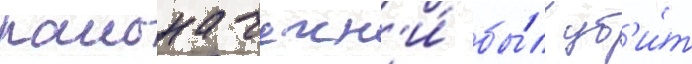
раиона чечн'и́ бы́л уб'и́т